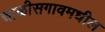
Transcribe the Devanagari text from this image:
चाळीसगावमधील